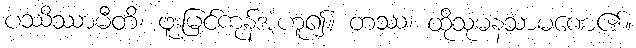
ပဿိဿာမီတိ၊ ဖူးမြင်ကုန်အံ့ဟူ၍။ တဿ၊ ထိုသုမနသာမဏေ၏။